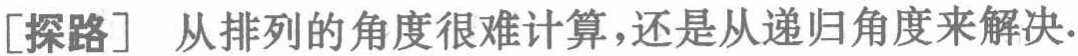
[探路] 从排列的角度很难计算,还是从递归角度来解决.